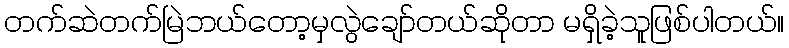
တက်ဆဲတက်မြဲဘယ်တော့မှလွဲချော်တယ်ဆိုတာ မရှိခဲ့သူဖြစ်ပါတယ်။